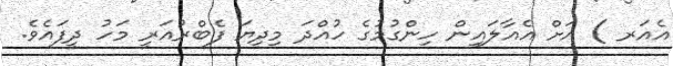
އެއަރ ) އަށް އެއާލައިން ހިންގުމުގެ ހުއްދަ މިދިޔަ ފެބްރުއަރީ މަހު ދީފައެވެ.